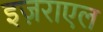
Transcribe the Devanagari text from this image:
इज़राएल